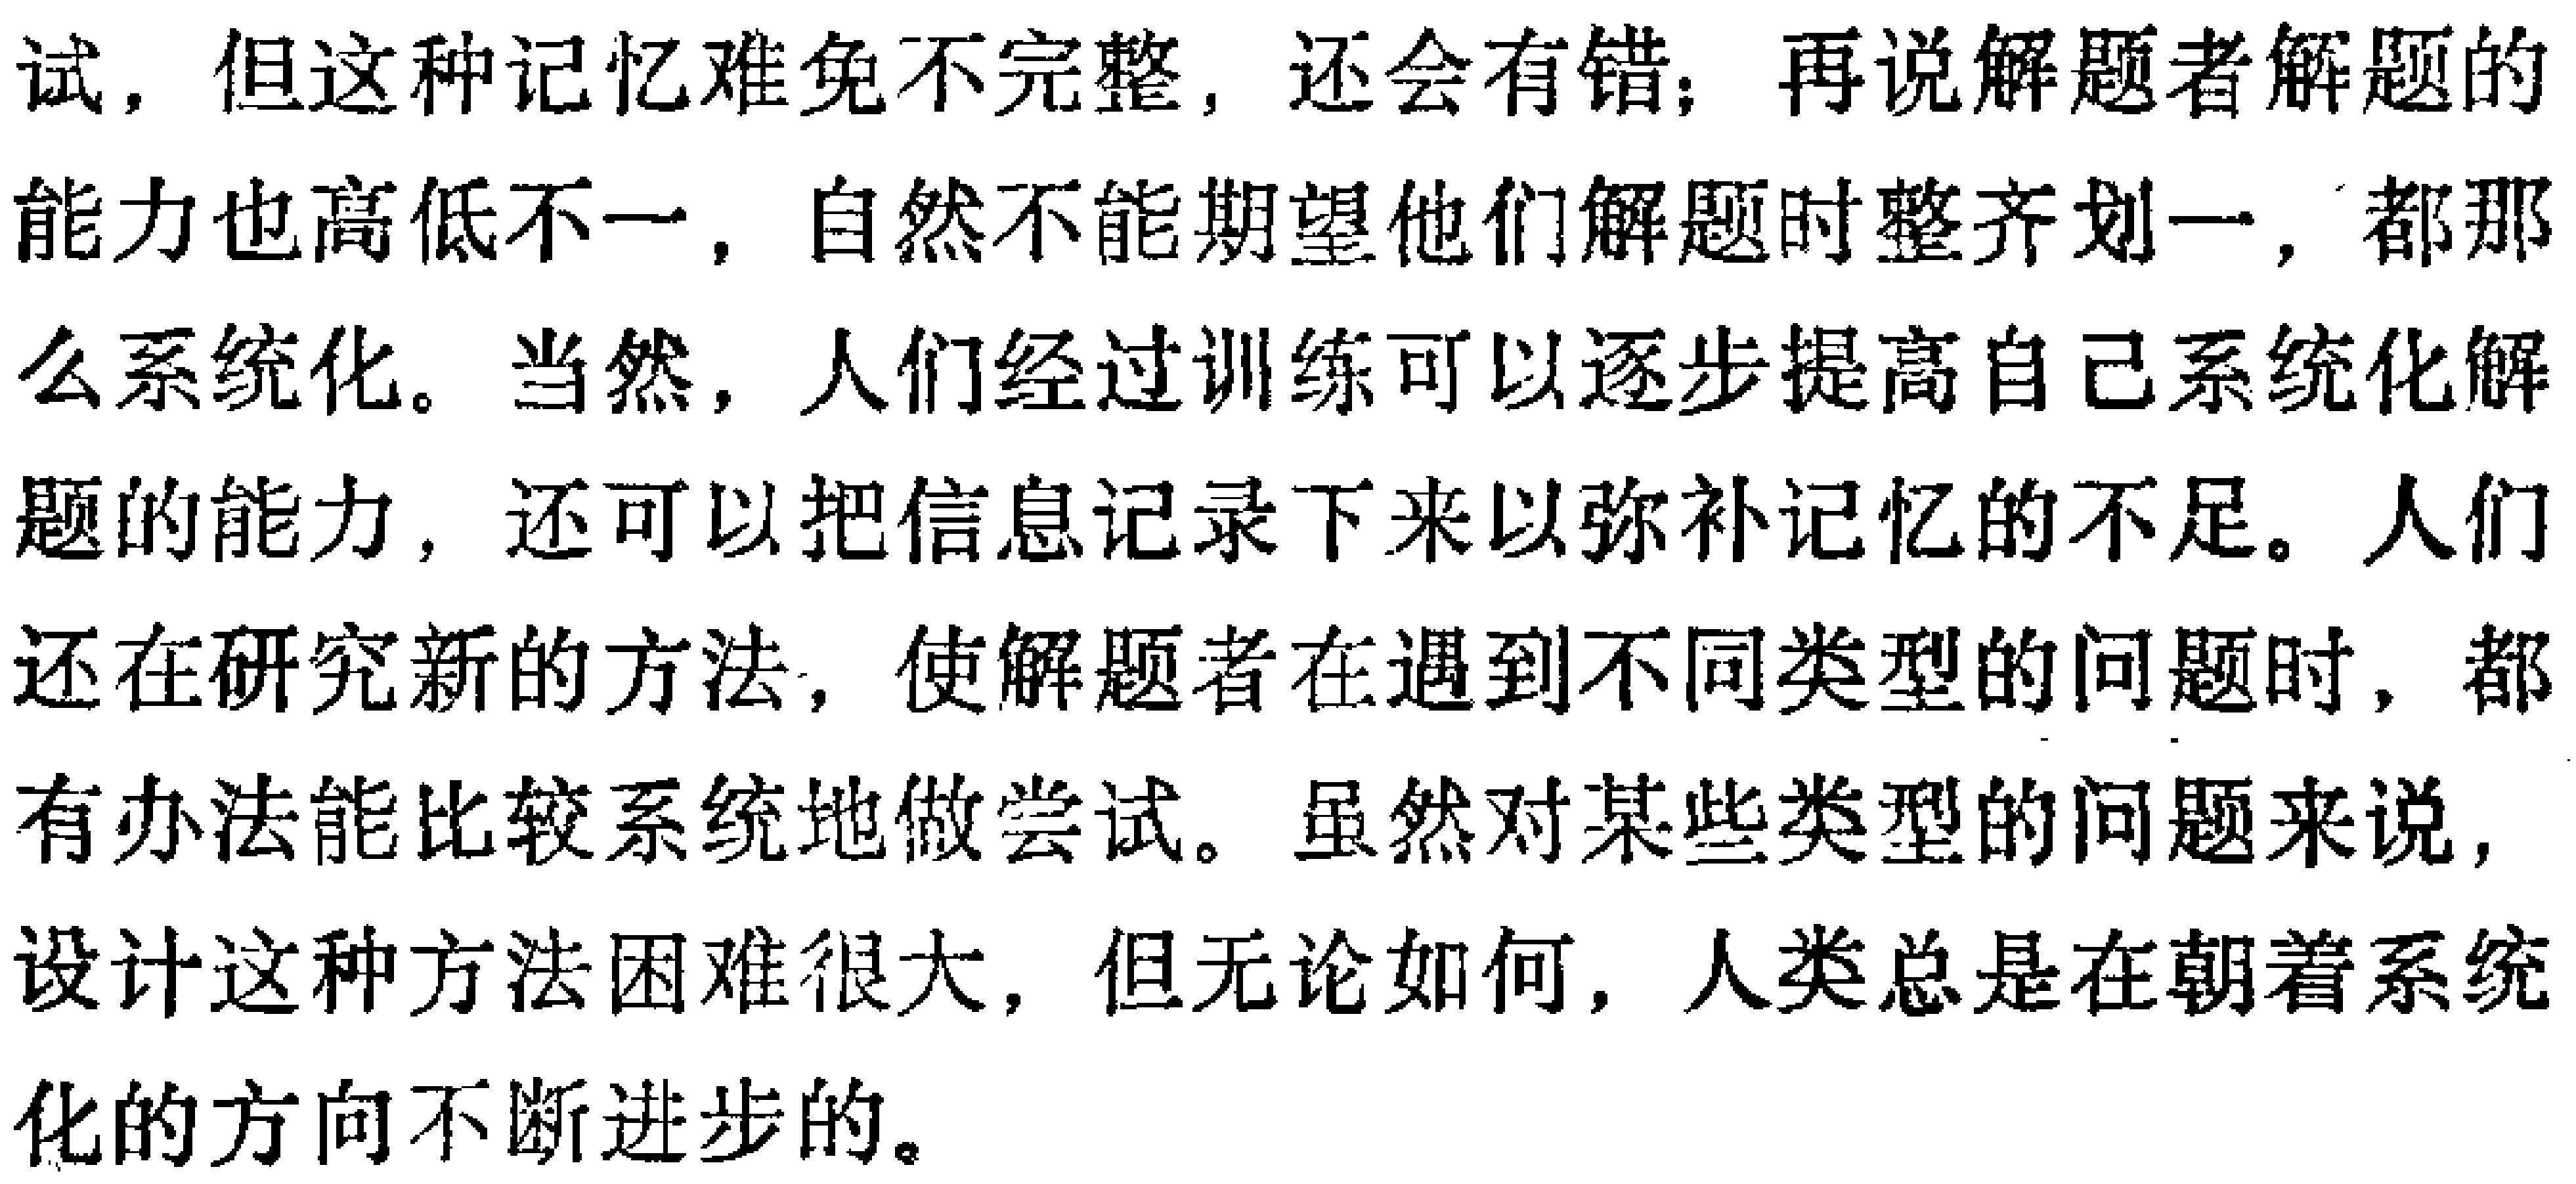
\(\therefore \ \mathrm{tg}\angle APB=\frac{k_{PA}-k_{PB}}{1 + k_{PA}k_{PB}}=\frac{\frac{y_{1}}{x_{1}+2r}-\frac{y_{1}}{x_{1}+r}}{1+\frac{y_{1}^{2}}{(x_{1}+2r)(x_{1}+r)}}\)